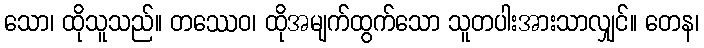
သော၊ ထိုသူသည်။ တဿေဝ၊ ထိုအမျက်ထွက်သော သူတပါးအားသာလျှင်။ တေန၊